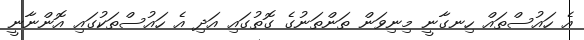
އެ ހައުސްތައް ހިނގާނީ މިނިވަން ތަންތަނުގެ ގޮތުގައި އަދި އެ ހައުސްތަކުގައި އޮންނާނީ